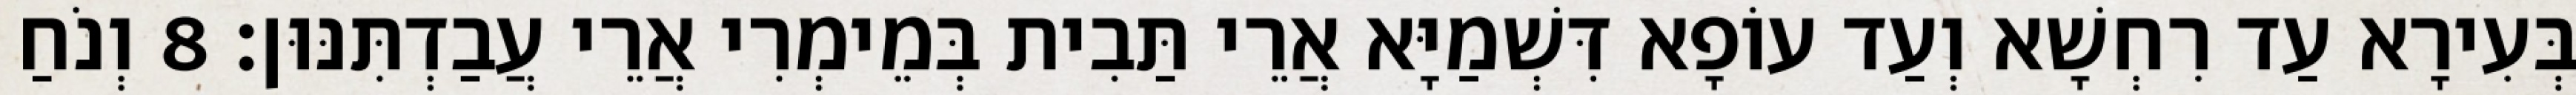
בְּעִירָא עַד רִחְשָׁא וְעַד עוֹפָא דִּשְׁמַיָּא אֲרֵי תַּבִית בְּמֵימְרִי אֲרֵי עֲבַדְתִּנּוּן׃ 8 וְנֹחַ